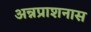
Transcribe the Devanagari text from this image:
अन्नप्राशनास